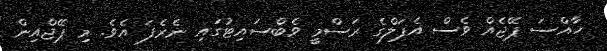
ހާއްސަ ޕޭޖެއް ވެސް އެޕަލްގެ ރަސްމީ ވެބްސައިޓުގައި ނެރެފަ އެވެ. މި ޕޭޖްއިން